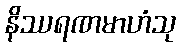
နိဿရဏမာဟံသု